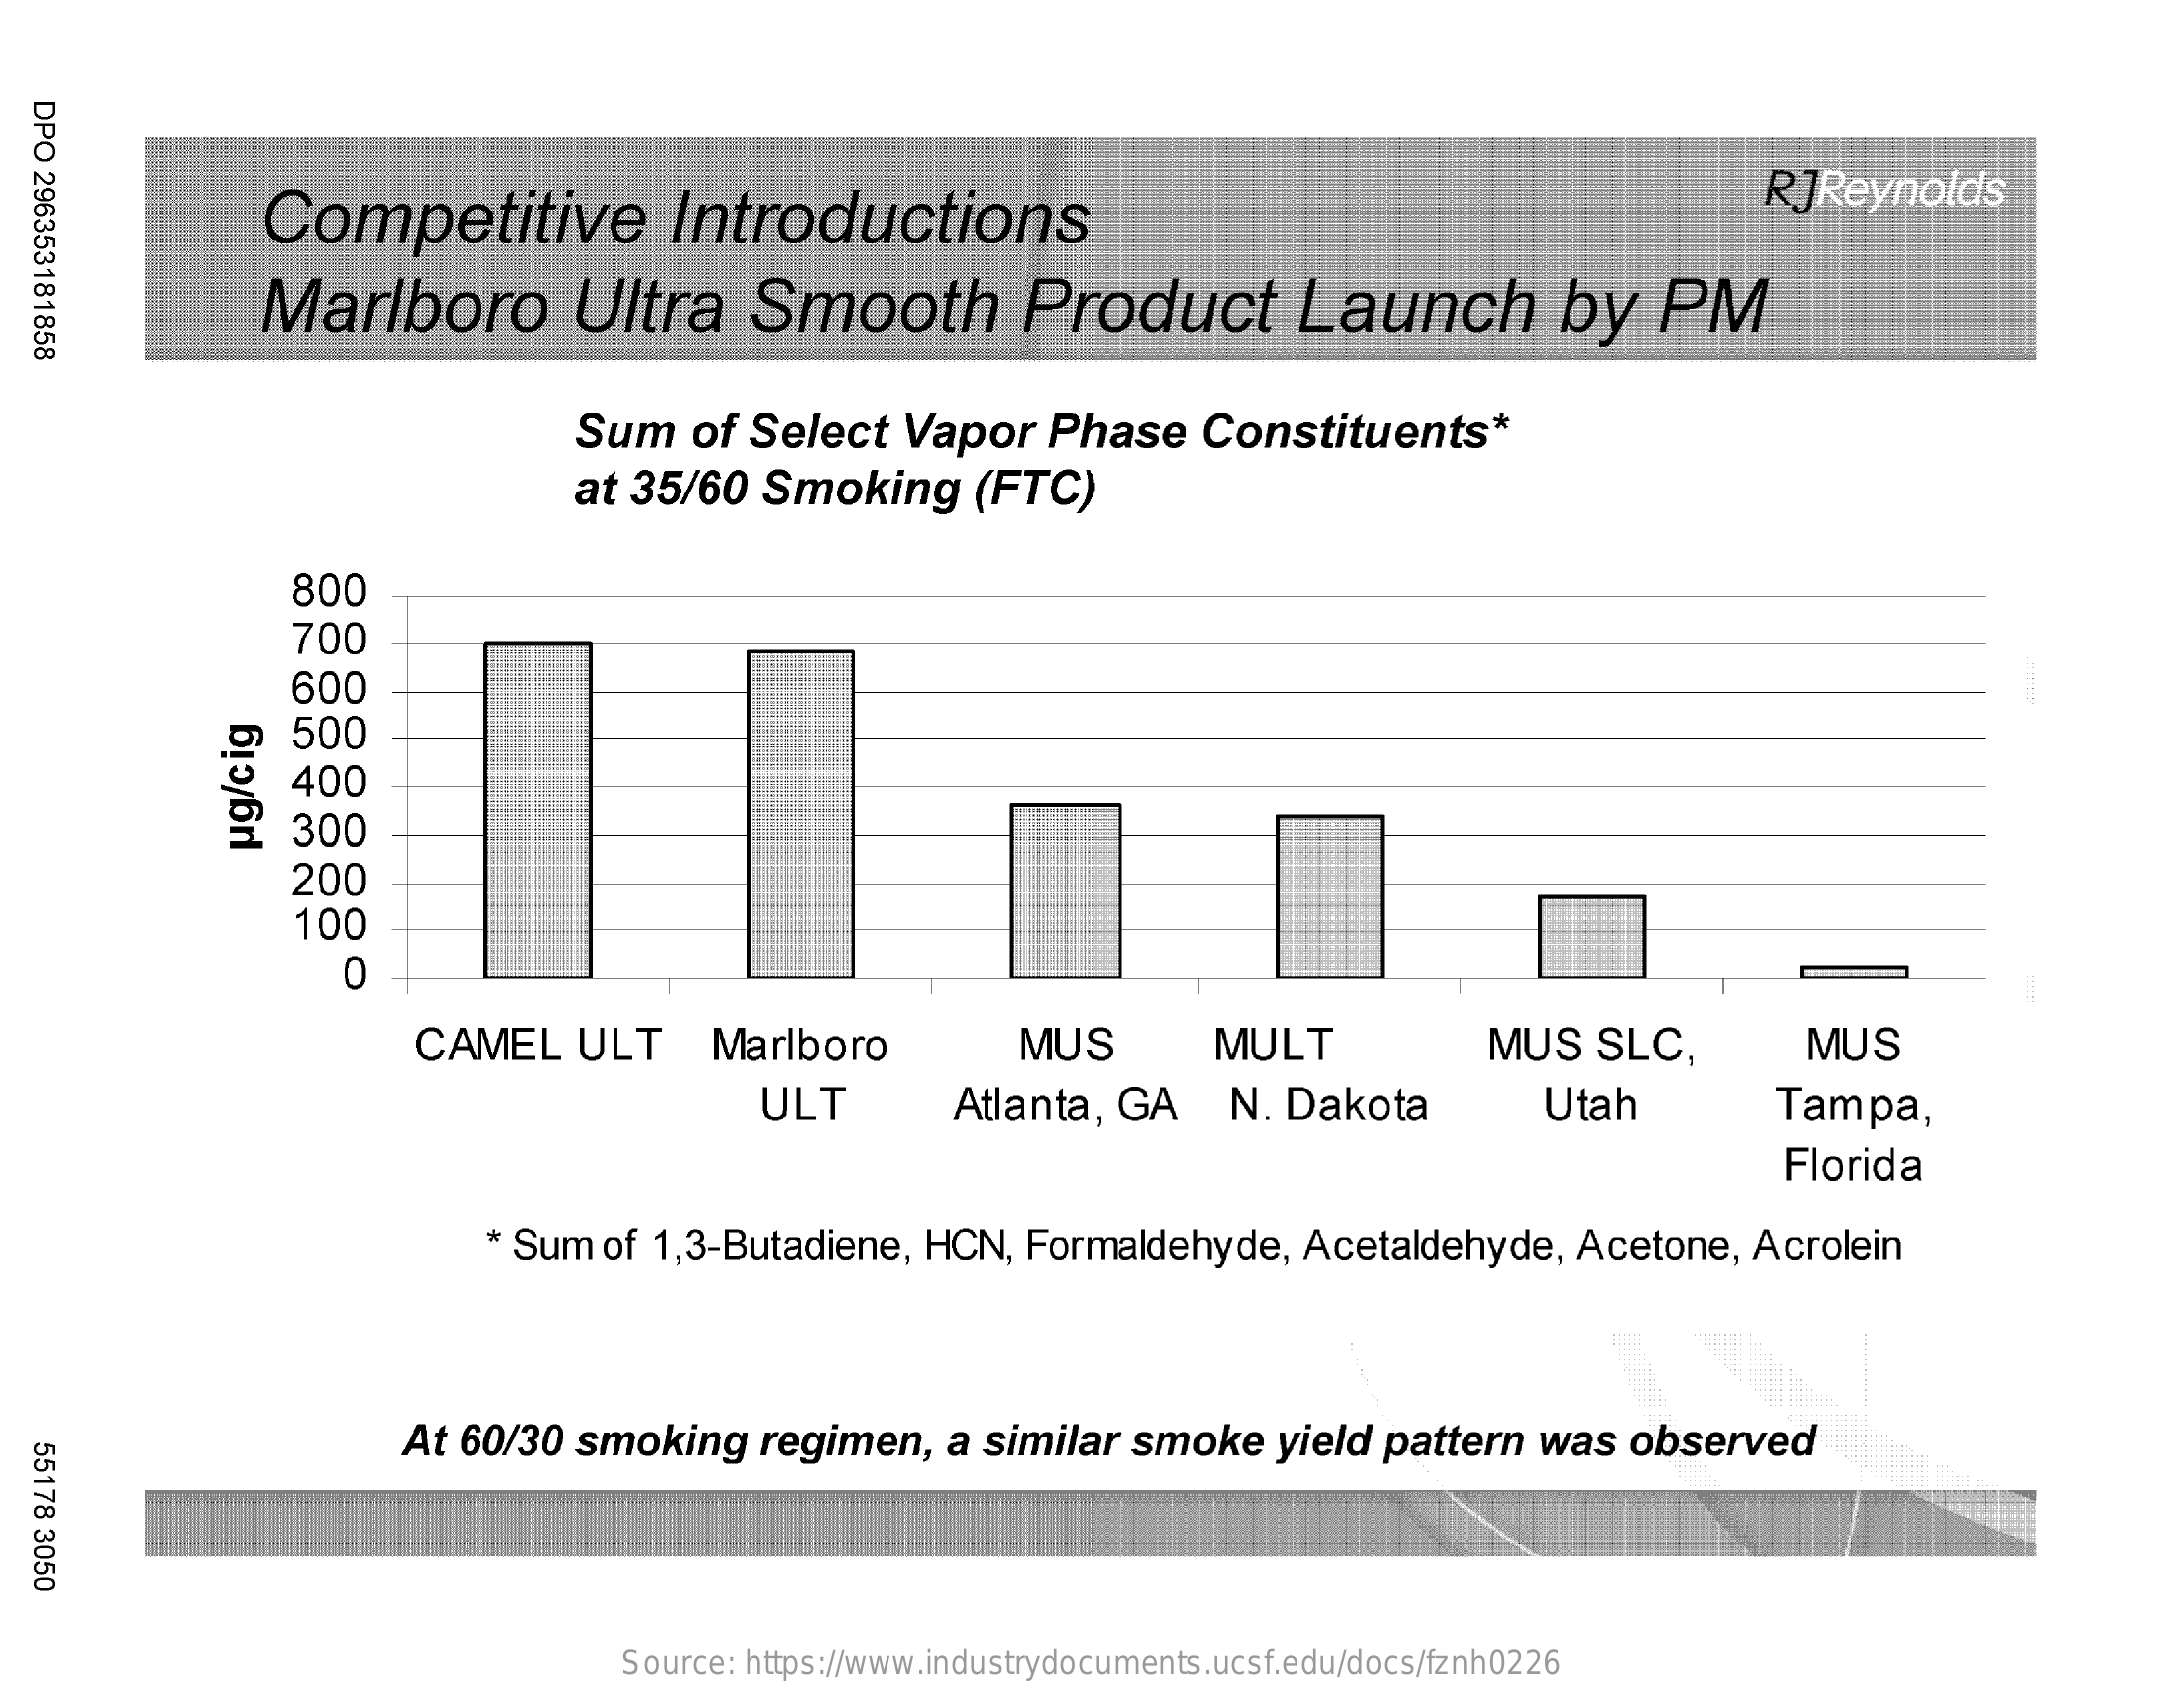
DPO
  296353181858
     Competitive    Introductions
     RJReynolds
     Marlboro    Ultra   Smooth    Product    Launch    by   PM
     Sum  of Select Vapor  Phase  Constituents*
     at 35/60 Smoking  (FTC)
     800
     700
     600
     500
     400
     300
     ug/cig
     200
     100
     0
     CAMEL  ULT   Marlboro    MUS    MULT    MUS SLC,    MUS
     ULT    Atlanta, GA N. Dakota    Utah    Tampa,
     Florida
     * Sum of 1,3-Butadiene, HCN, Formaldehyde, Acetaldehyde, Acetone, Acrolein
     At 60/30 smoking regimen, a similar smoke yield pattern was observed
  55178
  3050
     Source: https://www.industrydocuments.ucsf.edu/docs/fznh0226